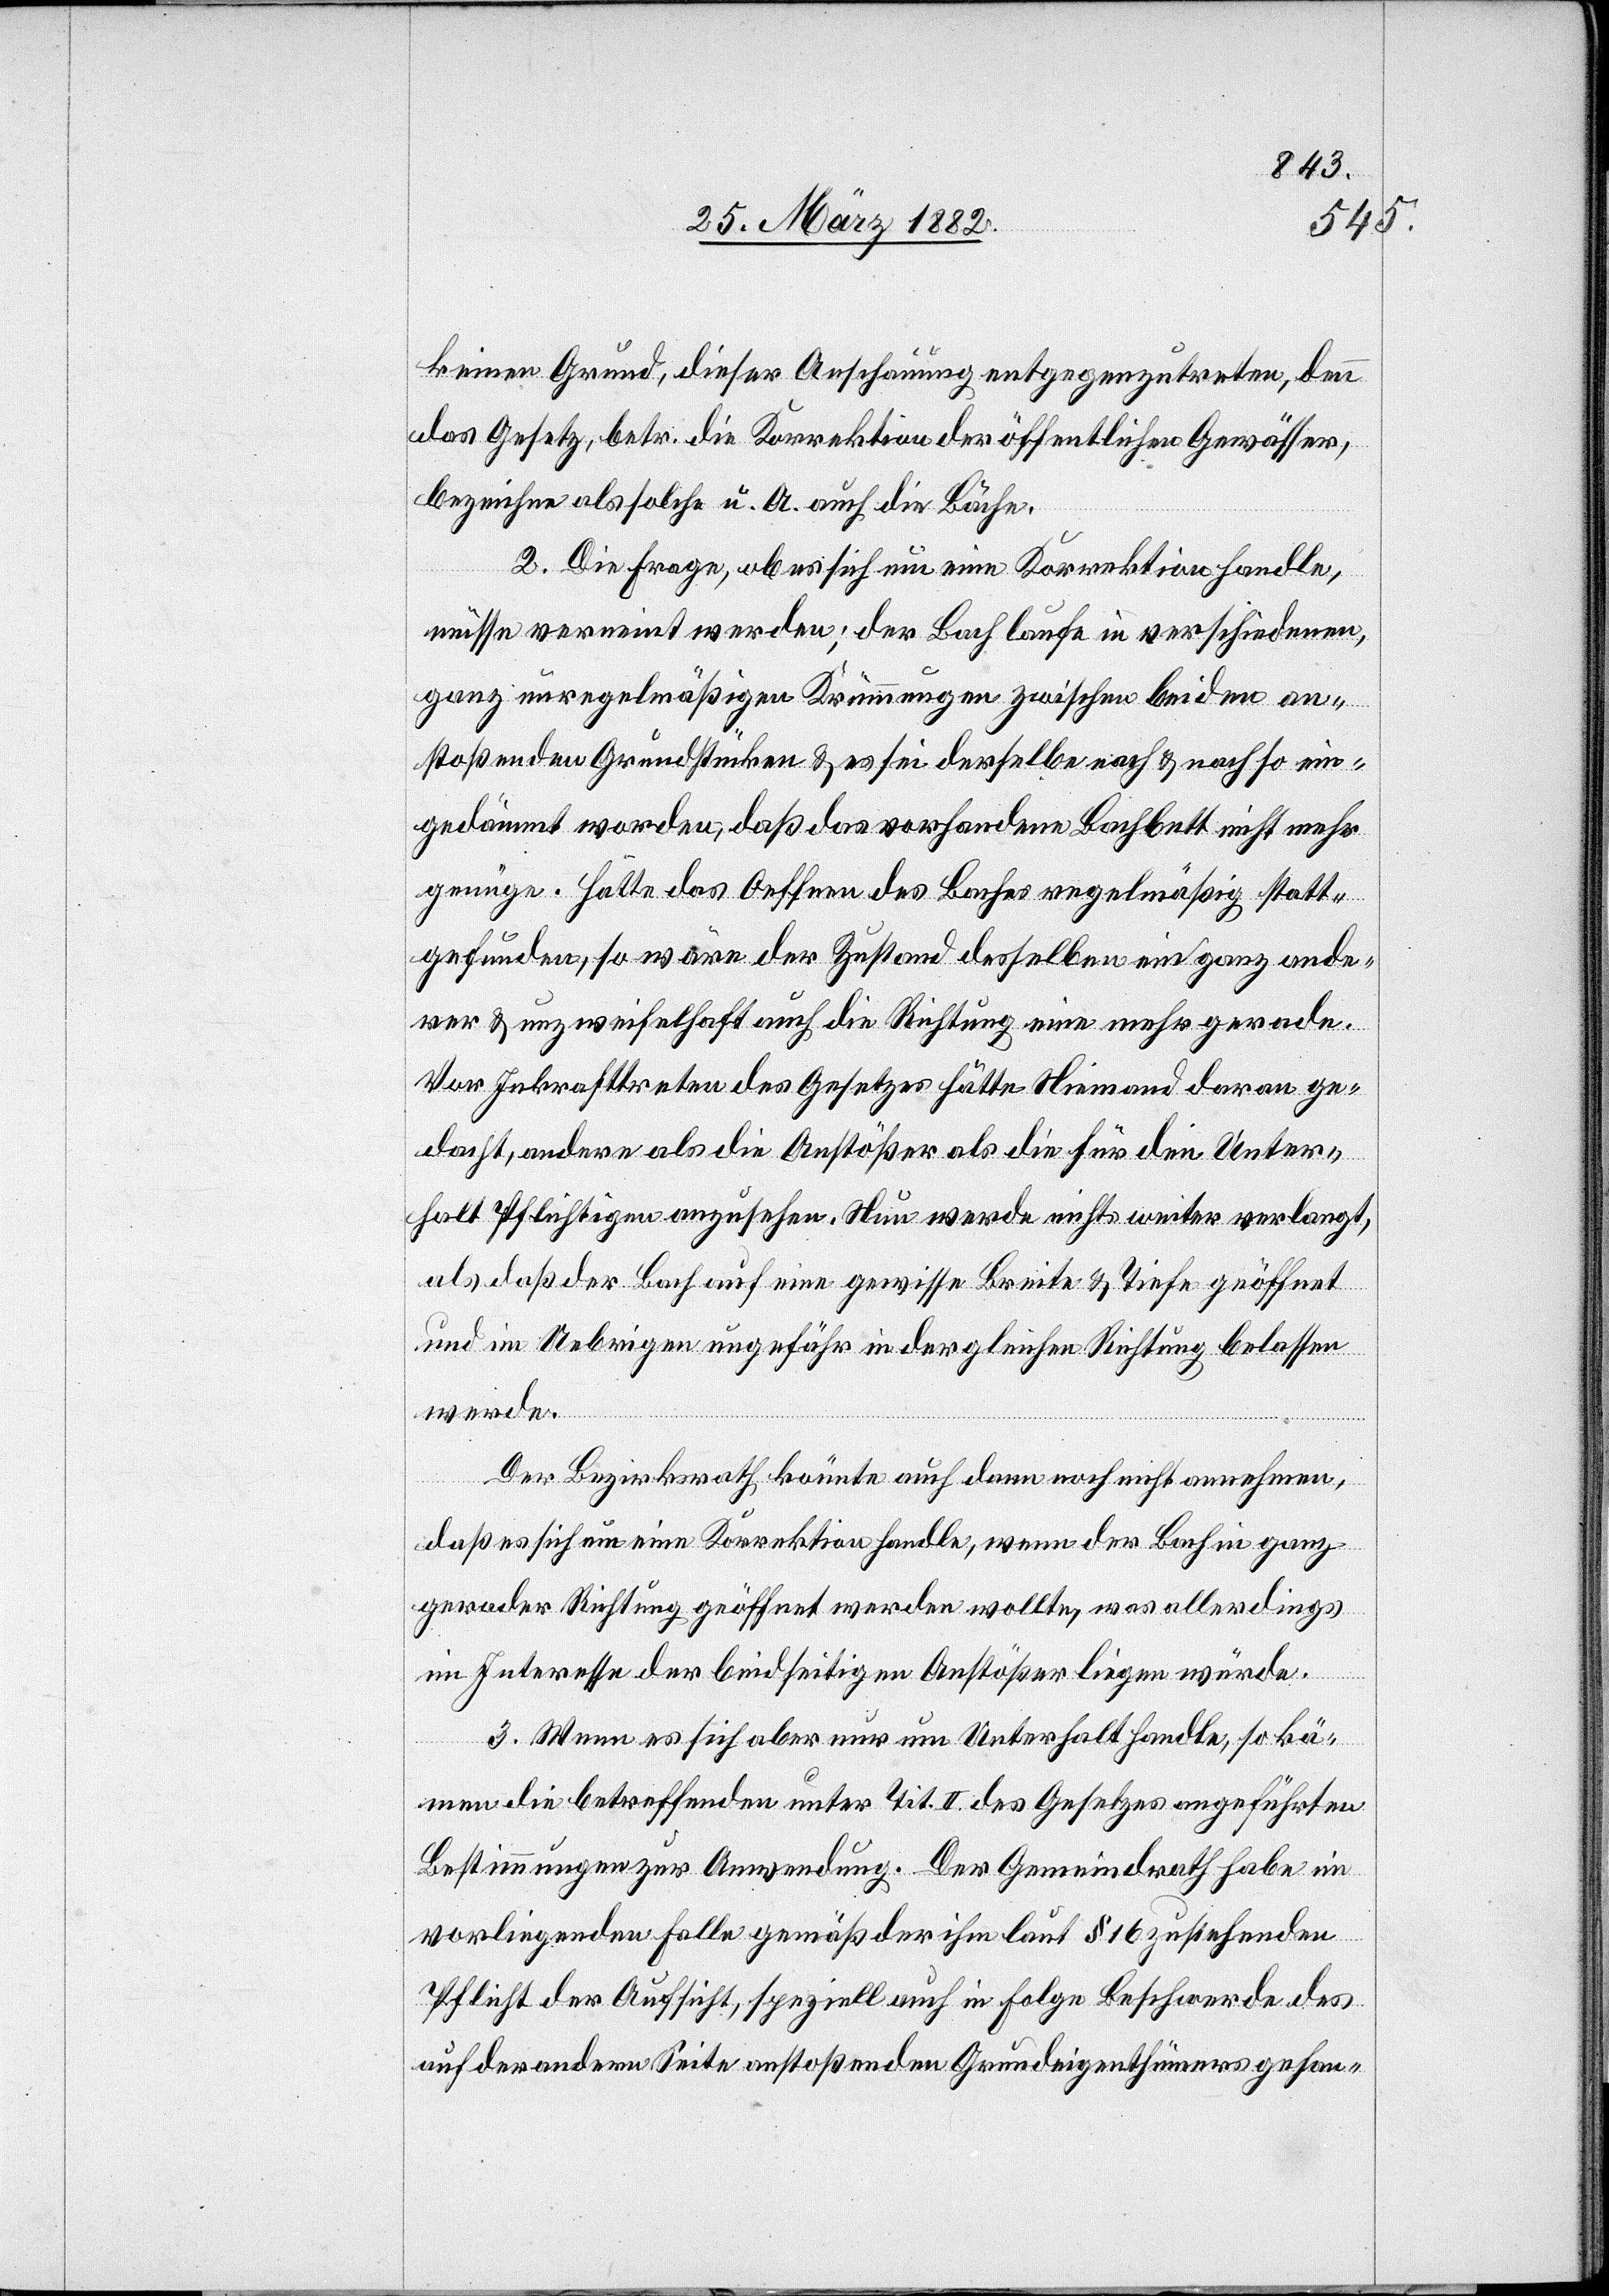
keinen Grund, dieser Anschauung entgegenzutreten, denn
das Gesetz, betr. die Korrektion der öffentlichen Gewässer,
bezeichne als solche u. A. auch die Bäche.
2. Die Frage, ob es sich um eine Korrektion handle,
müsse verneint werden; der Bach laufe in verschiedenen,
ganz unregelmäßigen Krümmungen zwischen beiden an¬
stoßenden Grundstücken & es sei derselbe nach & nach so ein¬
gedämmt worden, daß das vorhandene Bachbett nicht mehr
genüge. Hätte das Oeffnen des Baches regelmäßig statt¬
gefunden, so wäre der Zustand desselben ein ganz ande¬
rer & unzweifelhaft auch die Richtung eine mehr gerade.
Vor Inkrafttreten des Gesetzes hätte Niemand daran ge¬
dacht, andere als die Anstößer als die für den Unter¬
halt Pflichtigen auszumachen. Nun werde nichts weiter verlangt,
als daß der Bach auf eine gewisse Breite & Tiefe geöffnet
und im Uebrigen ungefähr in der gleichen Richtung belassen
werde.
Der Bezirksrath könnte auch dann noch nicht annehmen,
daß es sich um eine Korrektion handle, wenn der Bach in ganz
gerader Richtung geöffnet werden sollte, was allerdings
im Interesse der beidseitigen Anstößer liegen würde.
3. Wenn es sich aber nur um Unterhalt handle, so kä¬
men die betreffenden unter Tit. II des Gesetzes angeführten
Bestimmungen zur Anwendung. Der Gemeindrath habe im
vorliegenden Falle gemäß der ihm laut § 16 zustehenden
Pflicht der Aufsicht, speziell auch in Folge Beschwerde des
auf der andern Seite anstoßenden Grundeigenthümers gehan-